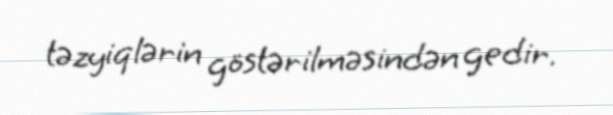
təzyiqlərin göstərilməsindən gedir.